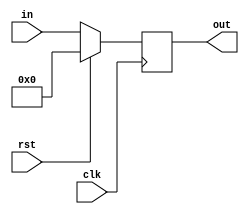
`timescale 1ns/1ns

module pc_register(input clk , rst, input [9:0] in ,output reg [9:0] out);
  always @ (posedge clk) begin
    if(rst)
      out <= 10'b0 ;
    else
     out <= in ;
  end
endmodule
      
      
module window_register( input clk , rst , ld ,input [1:0] in , output reg [1:0] out);
  always @ (posedge clk) begin
    if(rst)
      out <= 2'b0 ;
    else if (ld)
      out <= in ;
    else
     out <= out ;
  end
endmodule